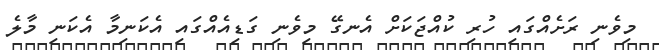
މިވެނި ރަށެއްގައި ހުރި ކުއްޖަކަށް އެނގޭ މިވެނި ގަޑިއެއްގައި އެކަނިމާ އެކަނި މާލެ